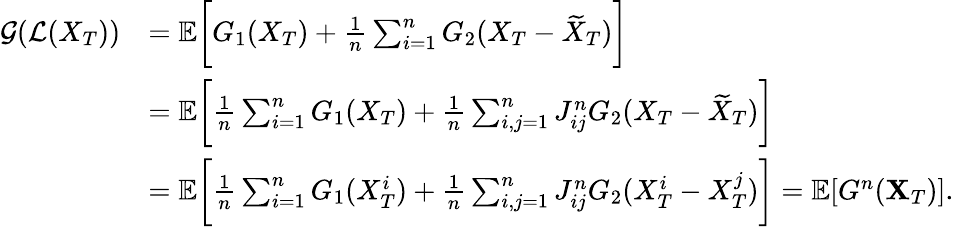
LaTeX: \begin{array}{rl}{\mathcal{G}(\mathcal{L}(X_{T}))}&{={\mathbb E}\bigg[G_{1}(X_{T})+\frac{1}{n}\sum_{i=1}^{n}G_{2}(X_{T}-\widetilde{X}_{T})\bigg]}\\ &{={\mathbb E}\bigg[\frac{1}{n}\sum_{i=1}^{n}G_{1}(X_{T})+\frac{1}{n}\sum_{i,j=1}^{n}J_{ij}^{n}G_{2}(X_{T}-\widetilde{X}_{T})\bigg]}\\ &{={\mathbb E}\bigg[\frac{1}{n}\sum_{i=1}^{n}G_{1}(X_{T}^{i})+\frac{1}{n}\sum_{i,j=1}^{n}J_{ij}^{n}G_{2}(X_{T}^{i}-X_{T}^{j})\bigg]={\mathbb E}[G^{n}(\mathbf{X}_{T})].}\end{array}